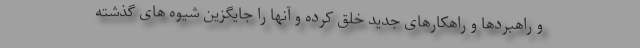
و راهبردها و راهکارهای جدید خلق کرده و آنها را جایگزین شیوه های گذشته